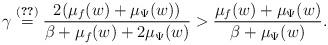
LaTeX: \begin{align*}\gamma \overset{\eqref{D_gamma}}{=} \frac{2(\mu_f(w)+\mu_\Psi(w))}{\beta + \mu_f(w) + 2\mu_\Psi(w)} > \frac{\mu_f(w) + \mu_\Psi(w)}{\beta + \mu_\Psi(w)}.\end{align*}